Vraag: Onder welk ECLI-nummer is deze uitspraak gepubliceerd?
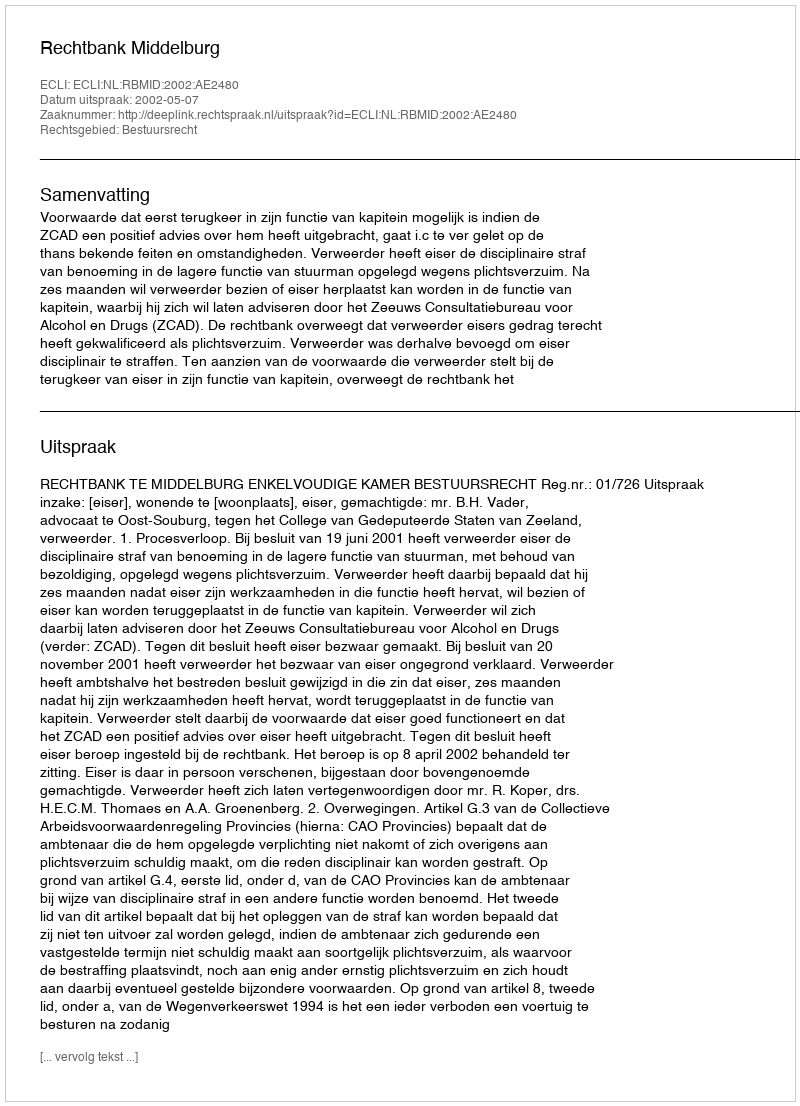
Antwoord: ECLI:NL:RBMID:2002:AE2480